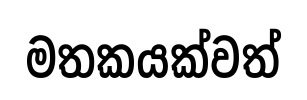
මතකයක්වත්